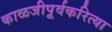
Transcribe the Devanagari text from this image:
काळजीपूर्वकरित्या